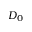
D _ { 0 }